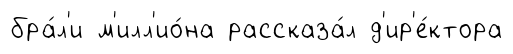
бра́л'и м'илл'ио́на рассказа́л д'ир'е́ктора